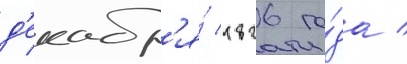
д'екабр'я́ 1826 го́да /